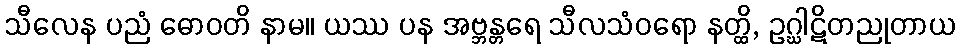
သီလေန ပညံ ဓောဝတိ နာမ။ ယဿ ပန အဗ္ဘန္တရေ သီလသံဝရော နတ္ထိ, ဥဂ္ဃါဋိတညုတာယ